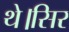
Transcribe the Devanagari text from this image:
थे।सिर